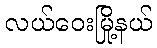
လယ်ဝေးမြို့နယ်